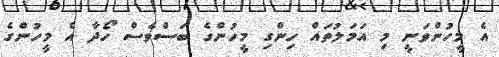
އެ މީހުންވަނީ މި އަމަލުތައް ހިންގި މީހުންގެ ބަސްވެސް ހޯދާ އެ މީހުންގެ